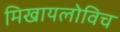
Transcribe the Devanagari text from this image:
मिखायलोविच